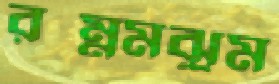
রম্নমঝুম